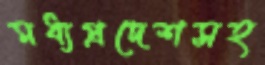
মধ্যপ্রদেশসহ